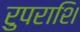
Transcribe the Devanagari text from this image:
रुपराशि